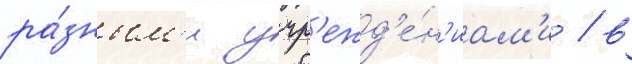
ра́зным'и учр'ежд'е́н'иам'и / в